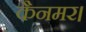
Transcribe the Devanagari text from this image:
कैनमर।